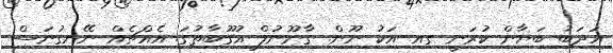
އަދަބު ބަޔާން ކުރަނީ ގއ އަކު ނޫން. ގާނޫނުލް އުގޫބާތުގަ. އެއްޗެއް ނޭނގުނަސް